Report of the Indian Hemp Drugs Commission, 1894-1895 - Volume II
Year: 1894
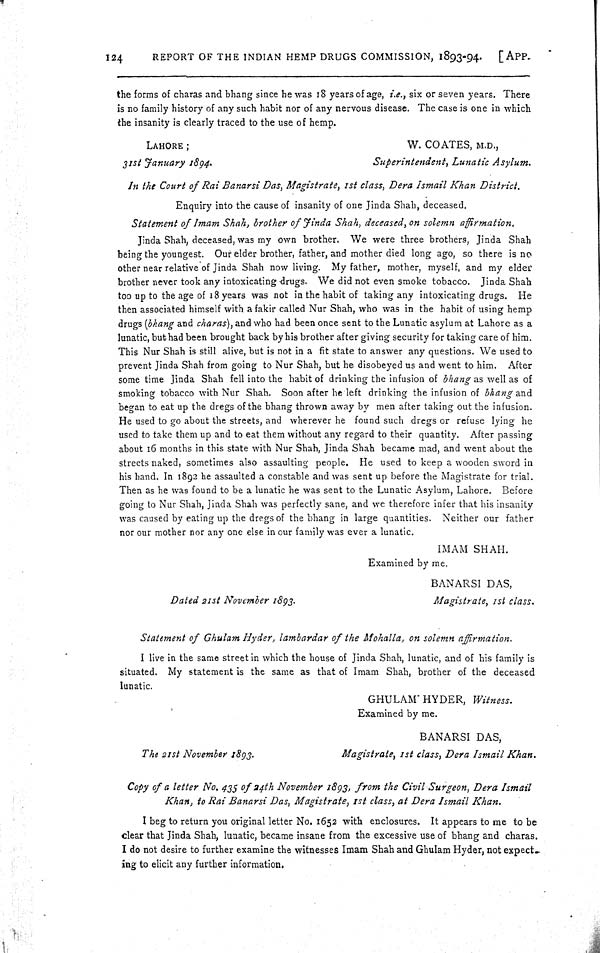
124
REPORT OF THE INDIAN HEMP DRUGS COMMISSION, 1893-94.
[APP.
the forms of charas and bhang since he was 18 years of age, i.e., six or seven years. There
is no family history of any such habit nor of any nervous disease. The case is one in which
the insanity is clearly traced to the use of hemp.
LAHORE;
W. COATES, M.D.,
31st January 1894.
Superintendent, Lunatic Asylum.
In the Court of Rai Banarsi Das, Magistrate, 1st class, Dera Ismail Khan
District.
Enquiry into the cause of insanity of one Jinda Shah, deceased.
Statement of Imam Shah, brother of Jinda Shah, deceased, on solemn affirmation.
Jinda Shah, deceased, was my own brother. We were three brothers, Jinda Shah
being the youngest. Our elder brother, father, and mother died long ago, so there is no
other near relative of Jinda Shah now living. My father, mother, myself, and my elder
brother never took any intoxicating drugs. We did not even smoke tobacco. Jinda Shah
too up to the age of 18 years was not in the habit of taking any intoxicating drugs. He
then associated himself with a fakir called Nur Shah, who was in the habit of using hemp
drugs (bhang and charas), and who had been once sent to the Lunatic asylum at Lahore as a
lunatic, but had been brought back by his brother after giving security for taking care of him.
This Nur Shah is still alive, but is not in a fit state to answer any questions. We used to
prevent Jinda Shah from going to Nur Shah, but he disobeyed us and went to him. After
some time Jinda Shah fell into the habit of drinking the infusion of bhang as well as of
smoking tobacco with Nur Shah. Soon after he left drinking the infusion of bhang and
began to eat up the dregs of the bhang thrown away by men after taking out the infusion.
He used to go about the streets, and wherever he found such dregs or refuse lying he
used to take them up and to eat them without any regard to their quantity. After passing
about 16 months in this state with Nur Shah, Jinda Shah became mad, and went about the
streets naked, sometimes also assaulting people. He used to keep a wooden sword in
his hand. In 1892 he assaulted a constable and was sent up before the Magistrate for trial.
Then as he was found to be a lunatic he was sent to the Lunatic Asylum, Lahore. Before
going to Nur Shah, Jinda Shah was perfectly sane, and we therefore infer that his insanity
was caused by eating up the dregs of the bhang in large quantities. Neither our father
nor our mother nor any one else in our family was ever a lunatic.
IMAM SHAH.
Examined by me.
BANARSI DAS,
Dated 21st November 1893.
Magistrate, 1st class.
Statement of Ghulam Hyder, lambardar of the Mohalla, on solemn affirmation.
I live in the same street in which the house of Jinda Shah, lunatic, and of his family is
situated. My statement is the same as that of Imam Shah, brother of the deceased
lunatic.
GHULAM HYDER, Witness.
Examined by me.
BANARSI DAS,
The 21st November 1893.
Magistrate, 1st class, Dera Ismail Khan.
Copy of a letter No. 435 of 24th November 1893, from the Civil Surgeon, Dera Ismail
Khan, to Rai Banarsi Das, Magistrate, 1st class, at Dera Ismail Khan.
I beg to return you original letter No. 1652 with enclosures. It appears to me to be
clear that Jinda Shah, lunatic, became insane from the excessive use of bhang and charas.
I do not desire to further examine the witnesses Imam Shah and Ghulam Hyder, not expect-
ing to elicit any further information.